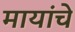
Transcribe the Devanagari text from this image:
मायांचे